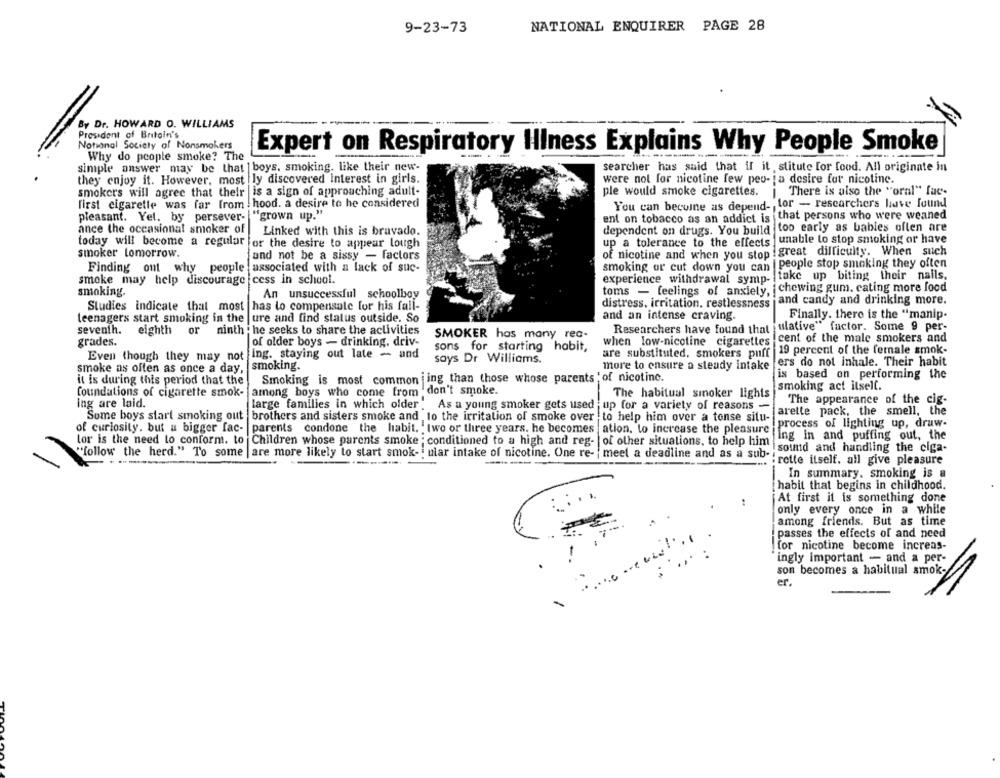
9-23-73
NATIONAL ENQUIRER PAGE 28
By Dr. HOWARD O. WILLIAMS
President of Britain's
Notional Society of Nonsmokers
Expert on Respiratory Illness Explains Why People Smoke
Why do people smoke? The
simple answer may be that | boys, smoking. like their new-
searcher has said that if it stitute for food. All originate in
they enjoy it. However, most ly discovered Interest in girls.
were not for nicotine few peu- ja desire for nicotine.
smokers will agree that their is a sign of approaching adult-
ple would smoke cigarettes.
There is also the "oral" fuc-
first cigarette was far from ! hood. a desire to he considered
You can becoine as depend- tor - researchers have found
pleasant. Yel. by persever-
"grown up."
ent on tobacco as an addict is that persons who were weaned
ance the occasional smoker of
Linked with this is bravado.
dependent on drugs. You build
too early as babies oflen are
unable to stop smoking or have
today will become a regular for the desire to appear lough
up a tolerance to the effects
smoker tomorrow.
und not be a sissy - factors
of nicotine and when you stop !great difficulty. When such
people stop smoking they often
Finding out why people associated with a lack of suc-
smoking or cut down you can
smoke may help discourage cess in school.
experience withdrawal symp- take up biting their nails,
toms - feelings of anxiety, i chewing gum. cating more food
smoking.
An unsuccessful schoolboy
distress, irritation, restlessness and candy and drinking more.
Studies indicate that most has lo compensate for his fall-
teenagers start smoking in the |ure and find status outside. So
and an intense craving.
Finally. there is the "manip-
Researchers have found that ulative" factor. Some 9 per-
seventh.
eighth or ninth he seeks to share the activities
SMOKER has many rea-
grades.
of older boys - drinking. driv-
when low-nicotine cigarettes cent of the male smokers and
sons for starting habit,
19 percent of the female smok-
Even though they may not ing. staying out late - and
are substituted, smokers puff
smoking.
says Dr Williams.
more to ensure a steady intake
ers do not inhale. Their habit
smoke as often as once a day,
it is during this period that the
Smoking is most common ing than those whose parents 'of nicotine.
is based on performing the
smoking act itsell.
foundations of cigarette smok-
among boys who come from don't smoke.
The habitual smoker lights
ing are laid.
The appearance of the cig-
Large families in which older
large families in which older. As a young smoker gets used up for a variety of reasons -
arette pack, the smell, the
Some boys start smoking out |brothers and sisters smoke and to the irritation of smoke over to help him over a tonse situ-
of curiosity. but a bigger fac-
parents condone the habit. two or three years. he becomes
ation, to increase the pleasure
process of lighting up, draw-
Ing in and puffing out, the
lor is the need to conform. to Children whose parents smoke : conditioned to a high and reg-
of other situations, to help him
i sound and handling the ciga-
"follow the herd." To some | are more likely to start smok- ular intake of nicotine. One re- | meel a deadline and as a sub-
--
rette itself. all give pleasure
In summary. smoking is a
habit that begins in childhood.
At first it is something done
only every once in a while
among friends. But as time
passes the effects of and need
for nicotine become increas-
ingly important - and a per-
son becomes a habitual smok-
er